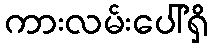
ကားလမ်းပေါ်ရှိ